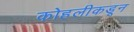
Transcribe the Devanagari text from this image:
कोहलीकडून